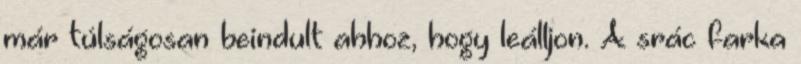
már túlságosan beindult ahhoz, hogy leálljon. A srác farka